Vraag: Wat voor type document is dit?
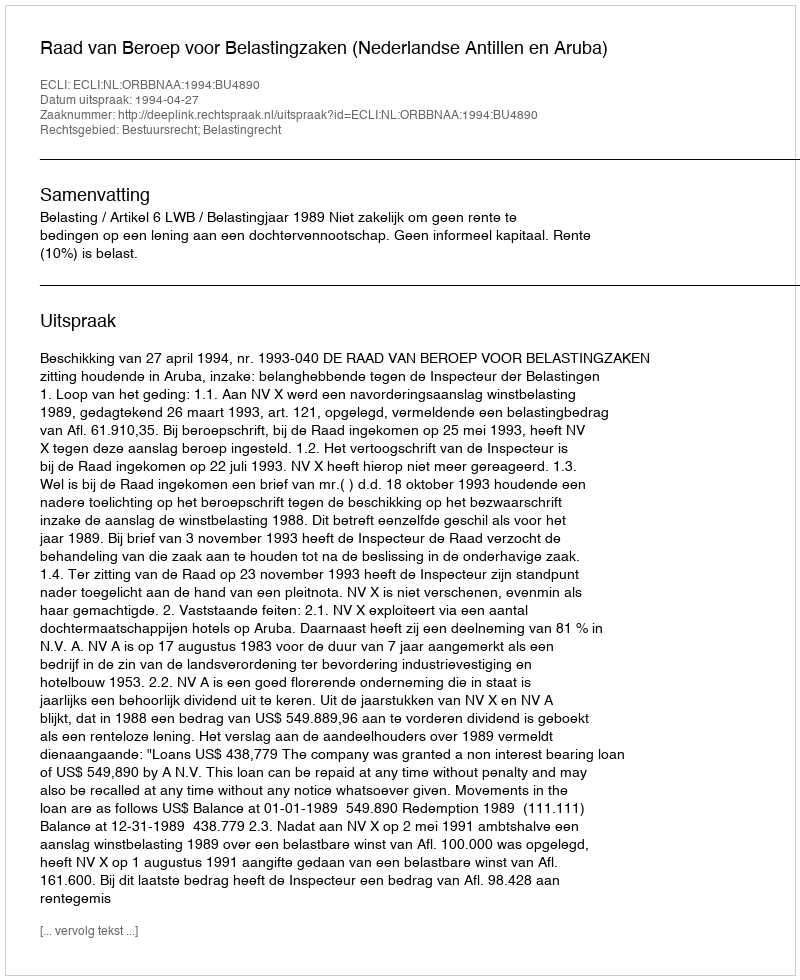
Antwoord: Uitspraak